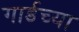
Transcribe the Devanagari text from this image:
गार्डच्या